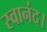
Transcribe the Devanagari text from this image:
स्वानंद।